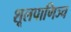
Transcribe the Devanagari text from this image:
शूलपाणिञ्च